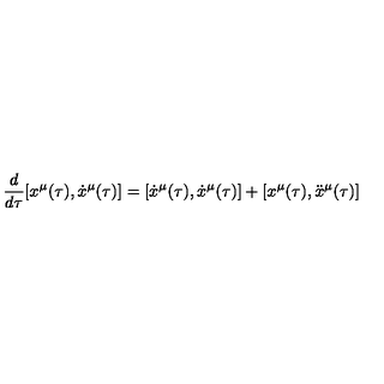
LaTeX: \frac { d } { d \tau } [ x ^ { \mu } ( \tau ) , \dot { x } ^ { \mu } ( \tau ) ] = [ \dot { x } ^ { \mu } ( \tau ) , \dot { x } ^ { \mu } ( \tau ) ] + [ x ^ { \mu } ( \tau ) , \ddot { x } ^ { \mu } ( \tau ) ]